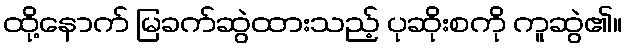
ထို့နောက် မြခက်ဆွဲထားသည့် ပုဆိုးစကို ကူဆွဲ၏။